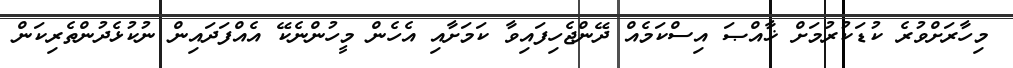
މިހާރަށްވުރެ ކުޑަކުރުމަށް ޚާއްޞަ އިސްކަމެއް ދޭންޖެހިފައިވާ ކަމަށާއި އެހެން މީހުންނެކޭ އެއްފަދައިން ނުކުޅެދުންތެރިކަން